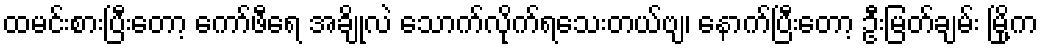
ထမင်းစားပြီးတော့ ကော်ဖီရေ အချိုလဲ သောက်လိုက်ရသေးတယ်ဗျ၊ နောက်ပြီးတော့ ဦးမြတ်ချမ်း မြို့က